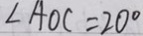
\angle A O C = 2 0 ^ { \circ }